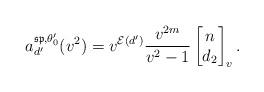
LaTeX: \begin{align*}a^{\mathfrak{sp}, \theta^{\prime}_0 }_{d^{\prime}}(v^2) = v^{\mathcal{E}(d^{\prime})} \frac{v^{2m} }{v^2-1}\left[ \begin{matrix} n \\ d_2 \end{matrix} \right]_v.\end{align*}